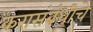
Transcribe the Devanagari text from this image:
करासंबंधीचे